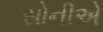
સોનીએ